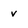
Character: v